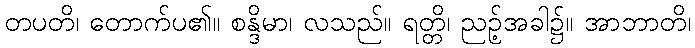
တပတိ၊ တောက်ပ၏။ စန္ဒိမာ၊ လသည်။ ရတ္တိ၊ ညဉ့်အခါ၌။ အာဘာတိ၊